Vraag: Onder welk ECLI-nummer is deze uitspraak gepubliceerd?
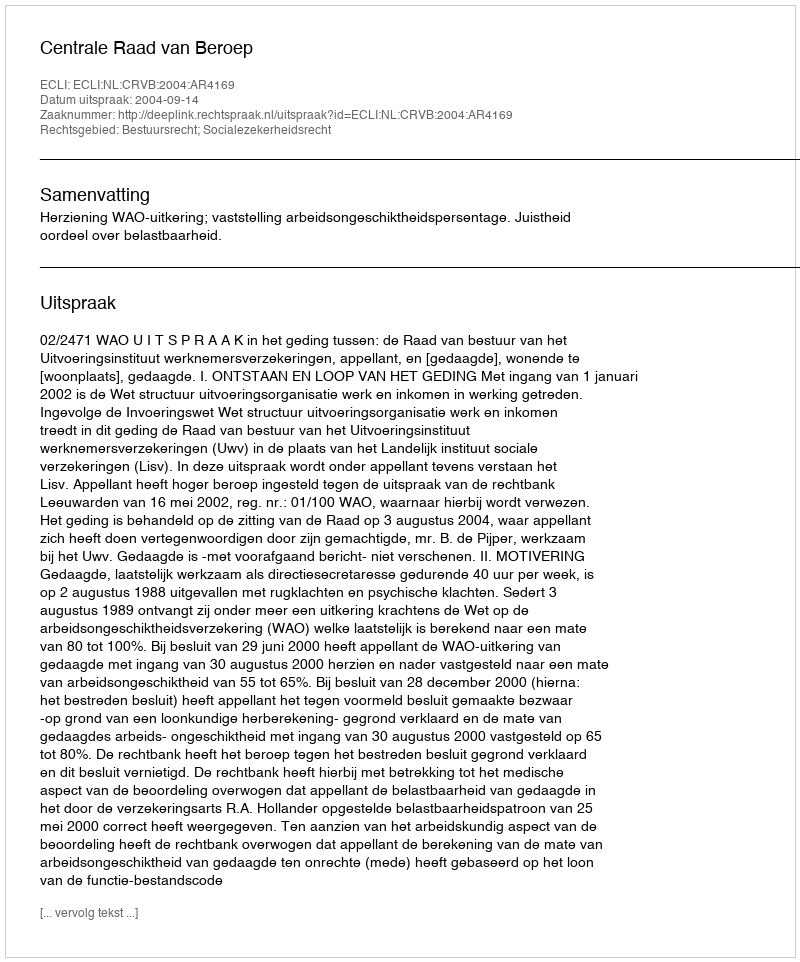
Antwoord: ECLI:NL:CRVB:2004:AR4169